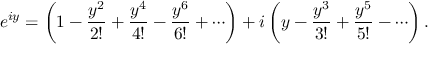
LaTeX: e ^ { i y } = \left( 1 - { \frac { y ^ { 2 } } { 2 ! } } + { \frac { y ^ { 4 } } { 4 ! } } - { \frac { y ^ { 6 } } { 6 ! } } + \cdots \right) + i \left( y - { \frac { y ^ { 3 } } { 3 ! } } + { \frac { y ^ { 5 } } { 5 ! } } - \cdots \right) .